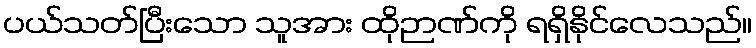
ပယ်သတ်ပြီးသော သူအား ထိုဉာဏ်ကို ရရှိနိုင်လေသည်။